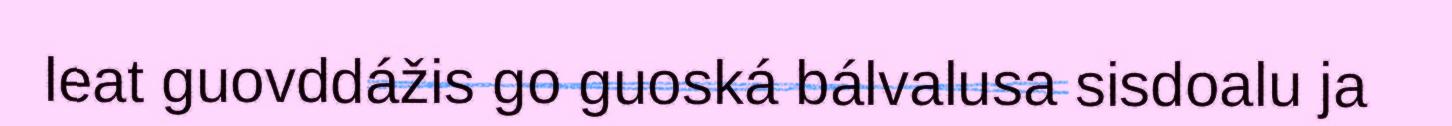
leat guovddážis go guoská bálvalusa sisdoalu ja